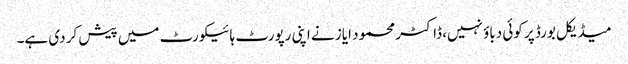
میڈیکل بورڈ پر کوئی دباؤ نہیں، ڈاکٹر محمود ایاز نے اپنی رپورٹ ہائیکورٹ میں پیش کر دی ہے۔